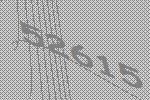
52615